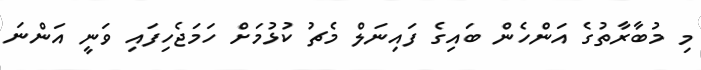
މި މުބާރާތުގެ އަންހެން ބައިގެ ފައިނަލް މެޗު ކުޅުމަށް ހަމަޖެހިފައި ވަނީ އަންނަ